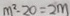
m ^ { 2 } \cdot 2 0 = 2 m